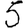
Digit: 5